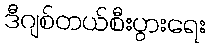
ဒီဂျစ်တယ်စီးပွားရေး